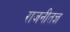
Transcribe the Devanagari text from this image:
राजनीतज्ञ